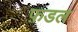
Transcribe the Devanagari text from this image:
फ़डल